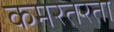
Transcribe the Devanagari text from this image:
कमरतरता